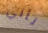
تأتي